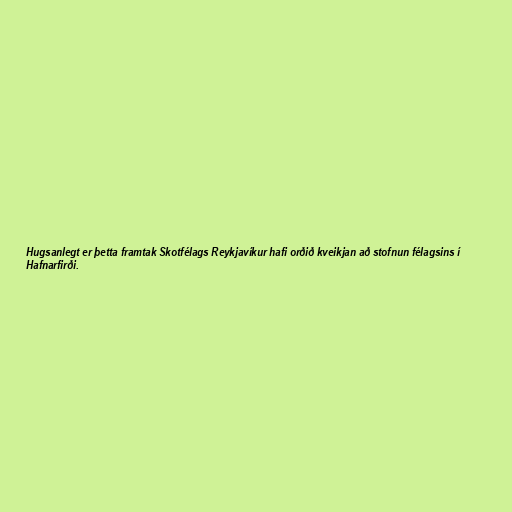
Hugsanlegt er þetta framtak Skotfélags Reykjavíkur hafi orðið kveikjan að stofnun félagsins í
Hafnarfirði.